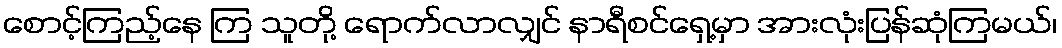
စောင့်ကြည့်နေ ကြ သူတို့ ရောက်လာလျှင် နာရီစင်ရှေ့မှာ အားလုံးပြန်ဆုံကြမယ်၊